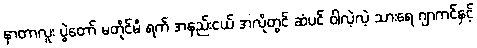
နာတာလူး ပွဲတော် မတိုင်မီ ရက် အနည်းငယ် အလိုတွင် ဆံပင် ဝါလဲ့လဲ့ သားရေ ဂျာကင်နှင့်